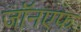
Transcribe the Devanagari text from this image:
जॉनएफ